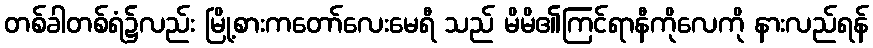
တစ်ခါတစ်ရံ၌လည်း မြို့စားကတော်လေးမေရီ သည် မိမိ၏ကြင်ရာနီကိုလေကို နားလည်ရန်